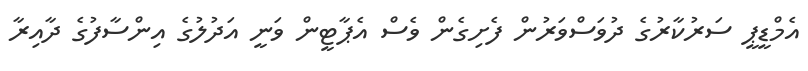
އެމްޑީޕީ ސަރުކާރުގެ ދުވަސްވަރުން ފެށިގެން ވެސް އެޕާޓީން ވަނީ އަދުލުގެ އިންސާފުގެ ދާއިރާ